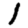
Digit: 1